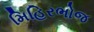
મિહિરભોજ